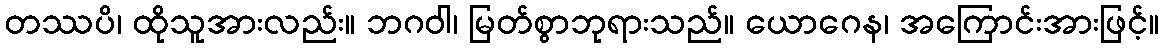
တဿပိ၊ ထိုသူအားလည်း။ ဘဂဝါ၊ မြတ်စွာဘုရားသည်။ ယောဂေန၊ အကြောင်းအားဖြင့်။